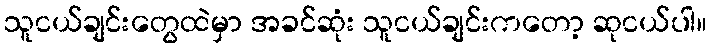
သူငယ်ချင်းတွေထဲမှာ အခင်ဆုံး သူငယ်ချင်းကတော့ ဆုငယ်ပါ။